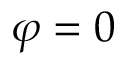
\varphi = 0